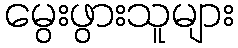
မွေးဖွားသူများ